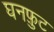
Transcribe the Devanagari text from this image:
घनफ़ुट